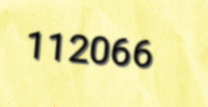
112066